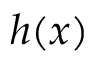
h ( x )